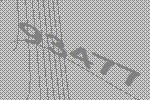
93477